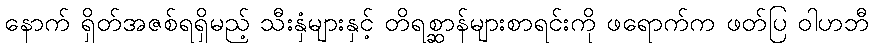
နောက် ရှိတ်အဇစ်ရရှိမည့် သီးနှံများနှင့် တိရစ္ဆာန်များစာရင်းကို ဖရောက်က ဖတ်ပြ ဝါဟဘီ